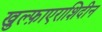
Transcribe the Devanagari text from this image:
खुल्फ़ाएराशिदीन